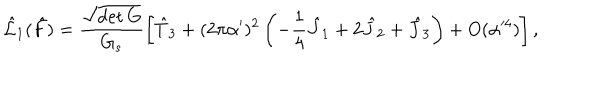
\hat { { \cal L } } _ { 1 } ( \hat { F } ) = \frac { \sqrt { \det G } } { G _ { s } } \left[ \hat { T } _ { 3 } + ( 2 \pi \alpha ^ { \prime } ) ^ { 2 } \left( - \frac { 1 } { 4 } \hat { J } _ { 1 } + 2 \hat { J } _ { 2 } + \hat { J } _ { 3 } \right) + O ( \alpha ^ { 4 } ) \right] ,